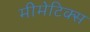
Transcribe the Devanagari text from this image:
मीमेटिक्स